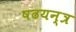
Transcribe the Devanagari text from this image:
षढयन्त्र